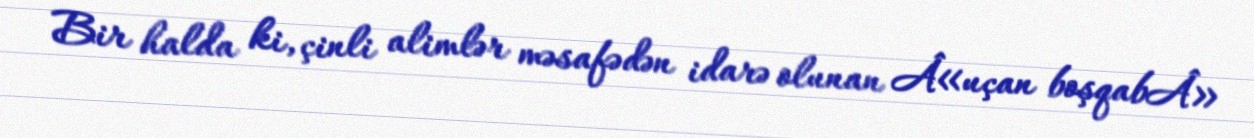
Bir halda ki, çinli alimlər məsafədən idarə olunan Â«uçan boşqabÂ»